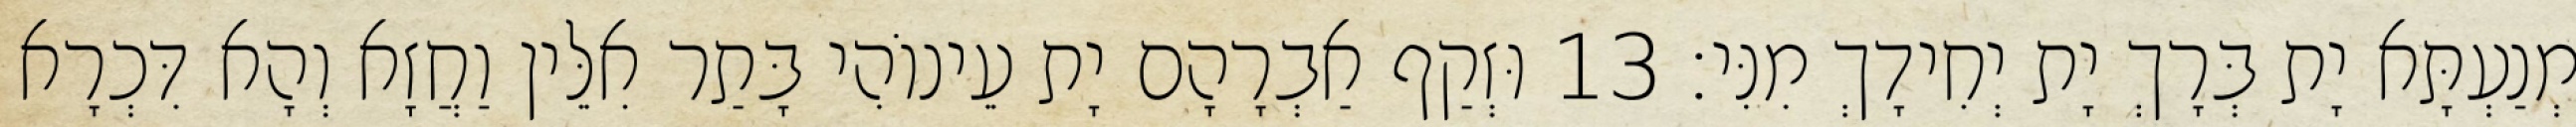
מְנַעְתָּא יָת בְּרָךְ יָת יְחִידָךְ מִנִּי׃ 13 וּזְקַף אַבְרָהָם יָת עֵינוֹהִי בָּתַר אִלֵּין וַחֲזָא וְהָא דִּכְרָא